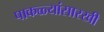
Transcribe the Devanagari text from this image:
पाकळ्यांसारखी